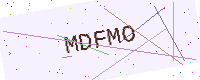
Text: MDFMO